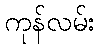
ကုန်လမ်း